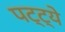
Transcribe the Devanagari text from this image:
पट्ट्ये